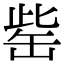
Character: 𦈬